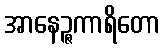
အာနေဉ္ဇကာရိတော